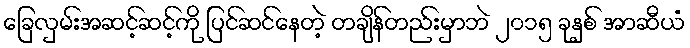
ခြေလှမ်းအဆင့်ဆင့်ကို ပြင်ဆင်နေတဲ့ တချိန်တည်းမှာဘဲ ၂၀၁၅ ခုနှစ် အာဆီယံ